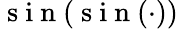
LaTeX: \mathrm{~s~i~n~}(\mathrm{~s~i~n~}(\cdot))